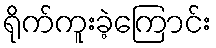
ရိုက်ကူးခဲ့ကြောင်း